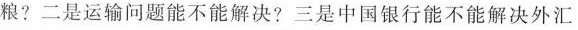
粮?二是运输问题能不能解决?三是中国银行能不能解决外汇